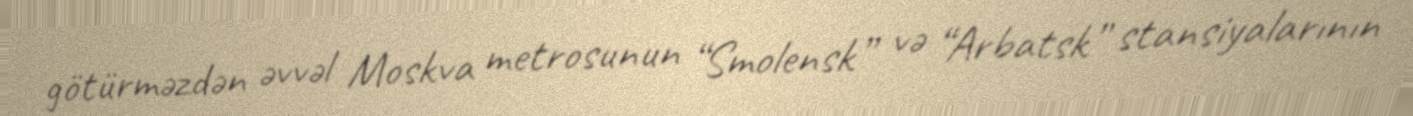
götürməzdən əvvəl Moskva metrosunun “Smolensk” və “Arbatsk” stansiyalarının